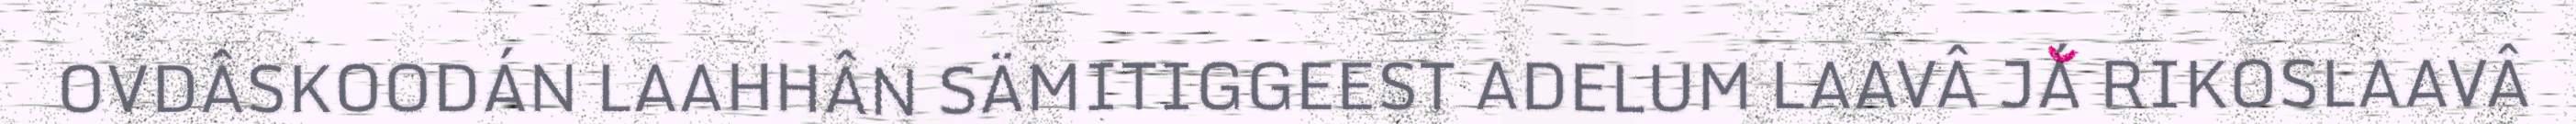
OVDÂSKOODÁN LAAHHÂN SÄMITIGGEEST ADELUM LAAVÂ JÁ RIKOSLAAVÂ